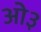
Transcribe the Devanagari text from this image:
ओ३